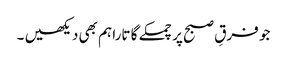
جو فرقِ صبح پر چمکے گا تارا ہم بھی دیکھیں ۔